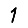
Digit: 1